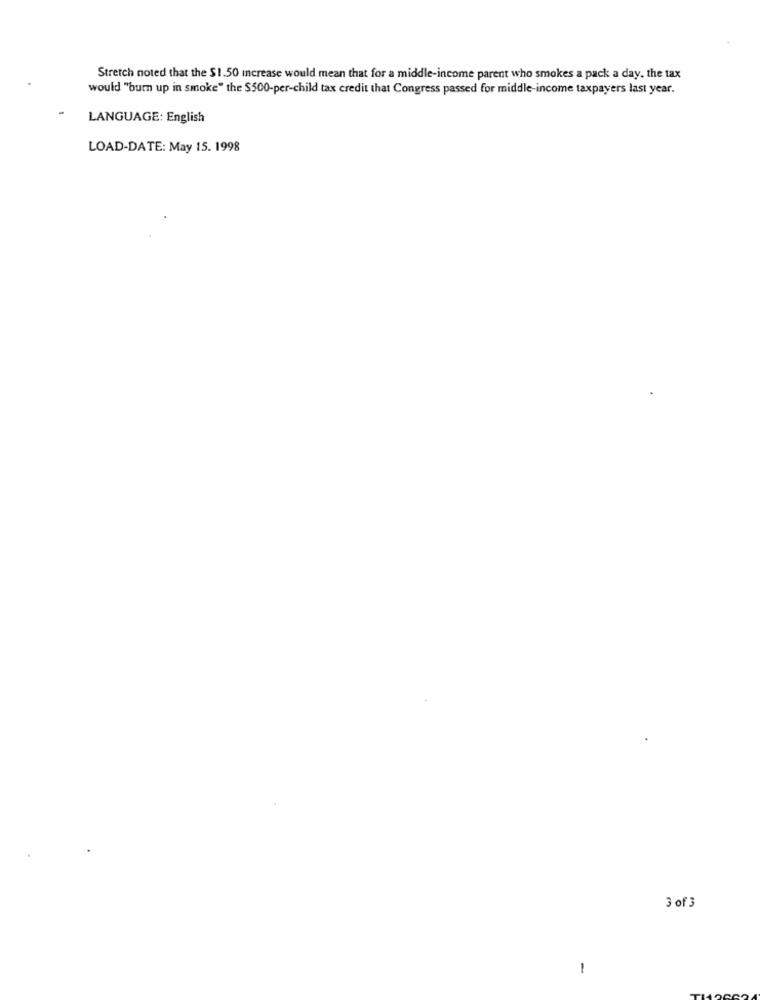
Stretch noted that the $1.50 increase would mean that for a middle-income parent who smokes a pack a day, the tax
would "burn up in smoke" the $500-per-child tax credit that Congress passed for middle-income taxpayers last year.
LANGUAGE: English
LOAD-DATE: May 15. 1998
3 of 3
-